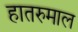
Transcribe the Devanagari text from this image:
हातरुमाल